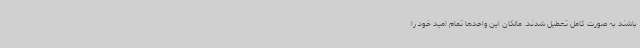
باشند به صورت کامل تعطیل شدند. مالکان این واحدها تمام امید خود را